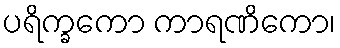
ပရိက္ခကော ကာရဏိကော၊